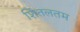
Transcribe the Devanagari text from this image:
शितलतम